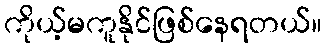
ကိုယ့်မကူနိုင်ဖြစ်နေရတယ်။